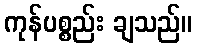
ကုန်ပစ္စည်း ချသည်။